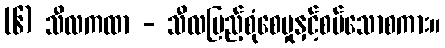
(၆) သီလကထာ - သီလပြည့်စုံစေမှုနှင့်စပ်သောစကား။